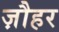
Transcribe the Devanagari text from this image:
ज़ौहर